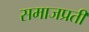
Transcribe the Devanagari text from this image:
समाजप्रती